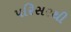
પરિસરથી